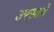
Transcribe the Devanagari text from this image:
उपखाते